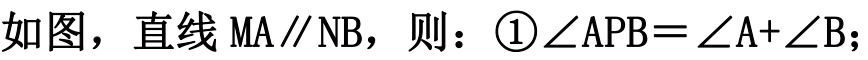
如图，直线 \(\mathrm{MA}\parallel \mathrm{NB}\)，则：\textcircled{1}\(\angle \mathrm{APB}=\angle \mathrm{A}+\angle \mathrm{B}\)；